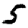
Digit: 5